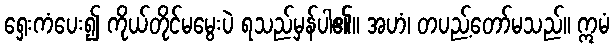
ရှေးကံပေး၍ ကိုယ်တိုင်မမွေးပဲ ရသည်မှန်ပါ၏။ အဟံ၊ တပည့်တော်မသည်။ ဣမံ